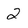
Character: 2